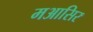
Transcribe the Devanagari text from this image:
मआसिर